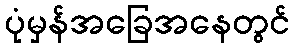
ပုံမှန်အခြေအနေတွင်